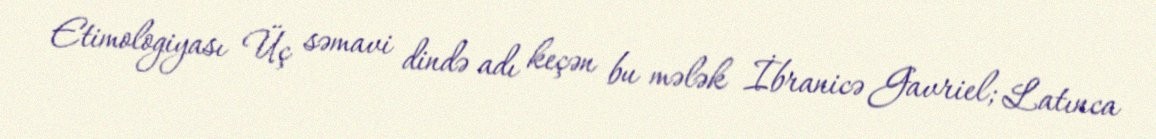
Etimologiyası Üç səmavi dində adı keçən bu mələk İbranicə Gavriel; Latınca